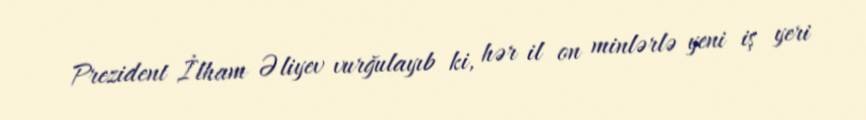
Prezident İlham Əliyev vurğulayıb ki, hər il on minlərlə yeni iş yeri